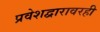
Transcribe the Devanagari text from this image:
प्रवेशद्वारावरही